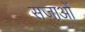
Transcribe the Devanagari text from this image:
सजा़ओं